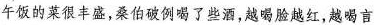
午饭的菜很丰盛，桑伯破例喝了些酒，越喝脸越红，越喝言